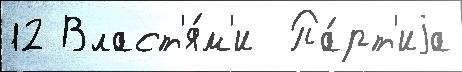
12 Власт'я́м'и  Па́рт'иjа